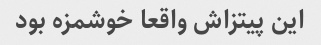
این پیتزاش واقعا خوشمزه بود